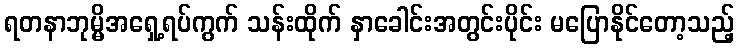
ရတနာဘုမ္မိအရှေ့ရပ်ကွက် သန်းထိုက် နှာခေါင်းအတွင်းပိုင်း မပြောနိုင်တော့သည့်